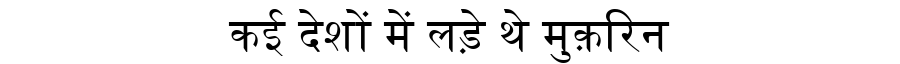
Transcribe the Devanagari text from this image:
कई देशों में लड़े थे मुक़रिन